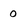
Character: 0